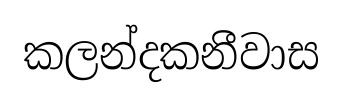
කලන්දකනීවාස